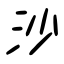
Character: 沙